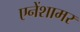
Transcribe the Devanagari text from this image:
एनेंशामर